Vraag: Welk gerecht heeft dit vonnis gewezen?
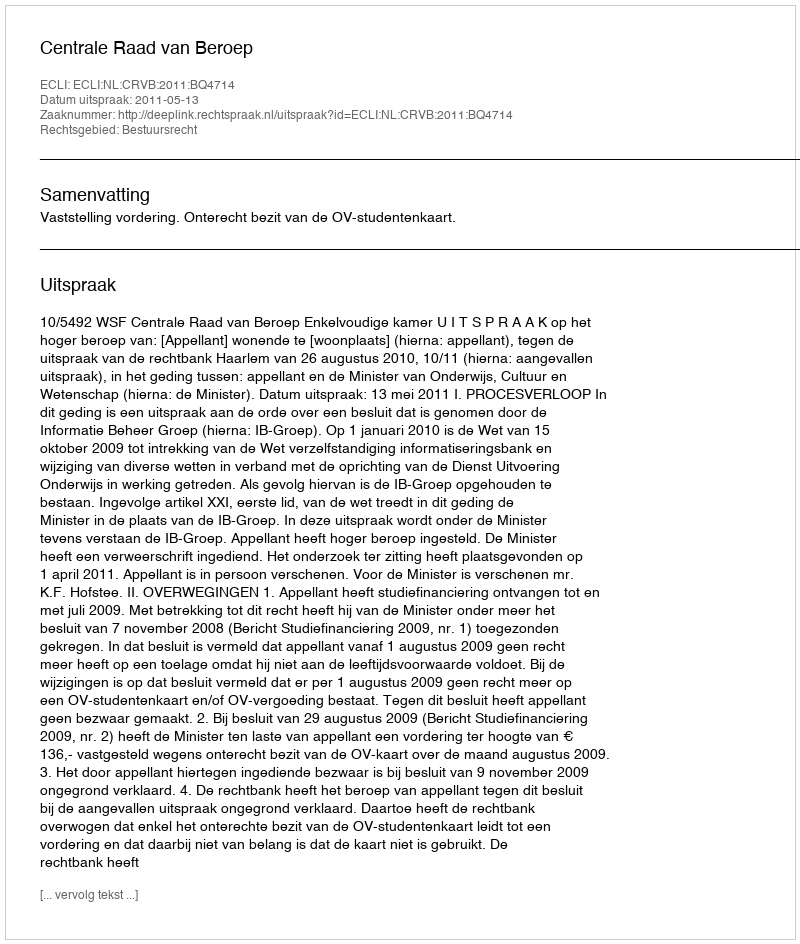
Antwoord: Centrale Raad van Beroep